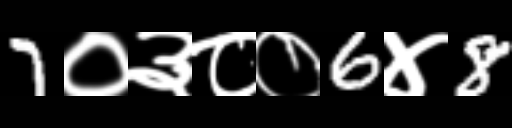
Text: 7०३८०6४8